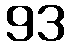
93